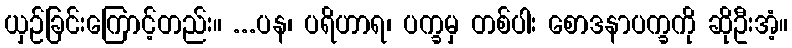
ယှဉ်ခြင်းကြောင့်တည်း။ ...ပန၊ ပရိဟာရ၊ ပက္ခမှ တစ်ပါး စောဒနာပက္ခကို ဆိုဦးအံ့။